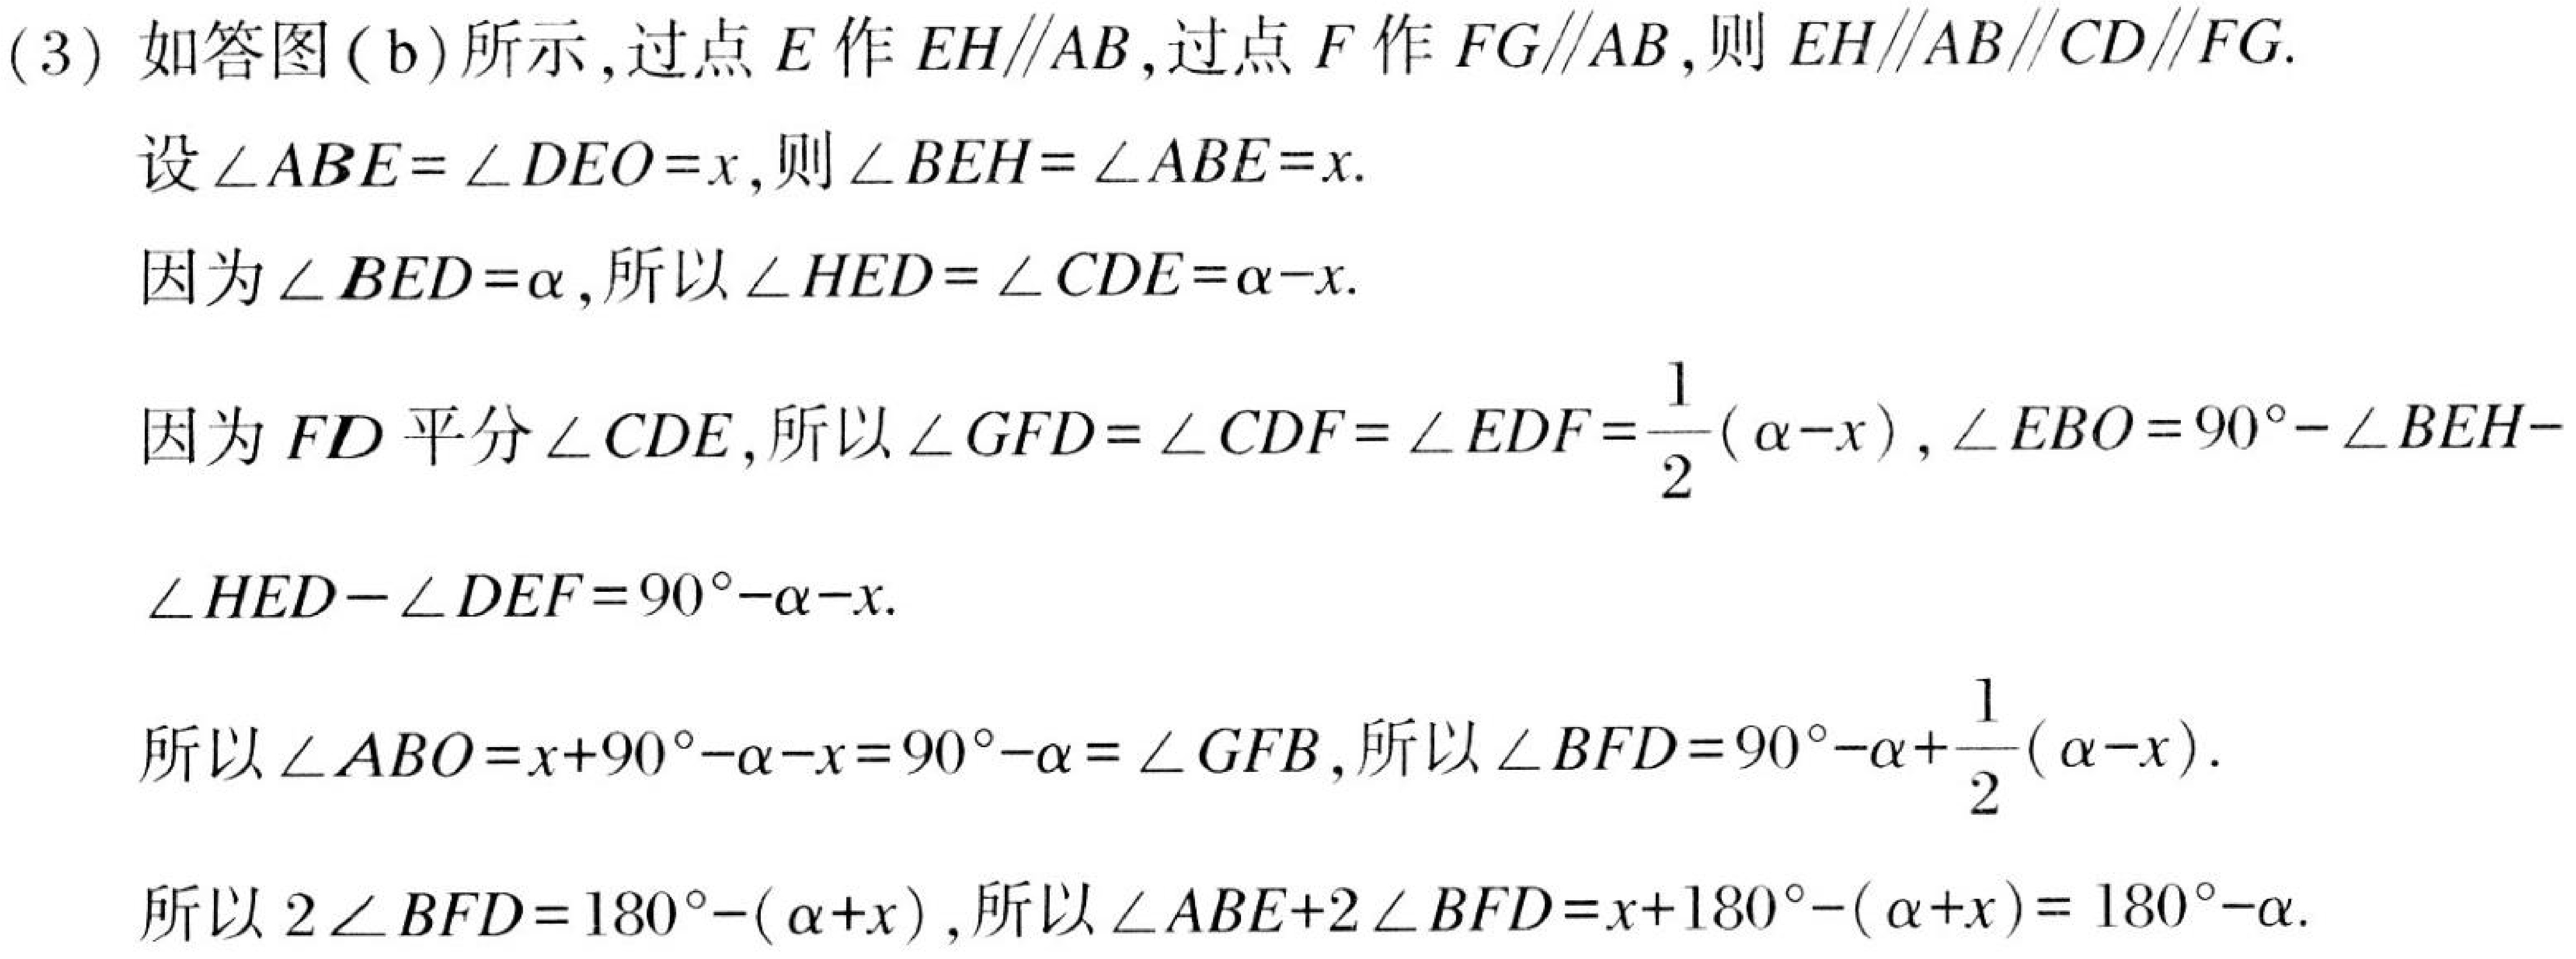
(3) 如答图(b)所示,过点 \(E\) 作 \(EH\parallel AB\),过点 \(F\) 作 \(FG\parallel AB\),则 \(EH\parallel AB\parallel CD\parallel FG\).
设 \(\angle ABE = \angle DEO=x\),则 \(\angle BEH=\angle ABE = x\).
因为 \(\angle BED=\alpha\),所以 \(\angle HED=\angle CDE=\alpha - x\).
因为 \(FD\) 平分 \(\angle CDE\),所以 \(\angle GFD=\angle CDF=\angle EDF=\frac{1}{2}(\alpha - x)\), \(\angle EBO = 90^{\circ}-\angle BEH -
\angle HED-\angle DEF=90^{\circ}-\alpha - x\).
所以 \(\angle ABO=x + 90^{\circ}-\alpha - x=90^{\circ}-\alpha=\angle GFB\),所以 \(\angle BFD=90^{\circ}-\alpha+\frac{1}{2}(\alpha - x)\).
所以 \(2\angle BFD=180^{\circ}-(\alpha + x)\),所以 \(\angle ABE + 2\angle BFD=x + 180^{\circ}-(\alpha + x)=180^{\circ}-\alpha\).